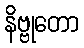
နိဗ္ဗုတော